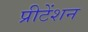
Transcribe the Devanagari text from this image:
प्रीटेंशन